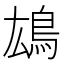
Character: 𩿅